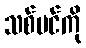
သစ်ပင်ကို